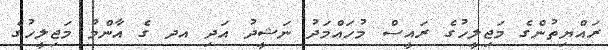
ރައްޔިތުންގެ މަޖިލީހުގެ ރައީސް މުހައްމަދު ނަޝީދު އަދި އދ ގެ އާންމު މަޖިލީހުގެ